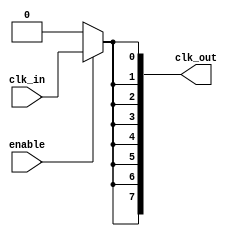
module HighFanoutClockBuffer (
    input wire clk_in,            // Input clock signal
    input wire enable,            // Enable signal for power management
    output wire [7:0] clk_out     // Output clock signals (8 outputs)
);

// Internal signals for buffered clocks
wire clk_buf[0:7];

// Buffering mechanism using inverters
genvar i;
generate
    for (i = 0; i < 8; i = i + 1) begin : buffer_gen
        if (i == 0) begin
            // First buffer stage directly from input clock
            assign clk_buf[i] = enable ? clk_in : 1'b0; // Output clock driven by input clock when enabled
        end else begin
            // Subsequent buffer stages
            assign clk_buf[i] = clk_buf[i-1]; // Connect previous buffer output to current
        end
    end
endgenerate

// Assign buffered clocks to output
assign clk_out = {clk_buf[7], clk_buf[6], clk_buf[5], clk_buf[4], clk_buf[3], clk_buf[2], clk_buf[1], clk_buf[0]};

endmodule